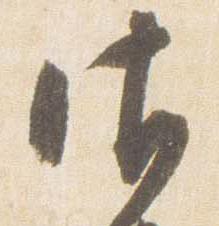
御